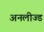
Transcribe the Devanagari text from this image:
अनलीज्ड